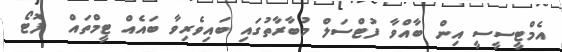
އެމްޓީސީސީ އިން ބާއްވާ ފުޓްސަލް މުބާރާތުގައި ބައިވެރިވާ ބައެއް ޓީމްތައް  ފޮޓޯ